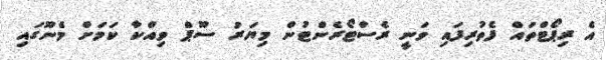
އެ ރިޕޯޓްތައް ފެތުރިފައި ވަނީ ރެސްޓޯރެންޓުން މިޔަރު ސޫޕް ވިއްކާ ކަމަށް މެނޫގައި